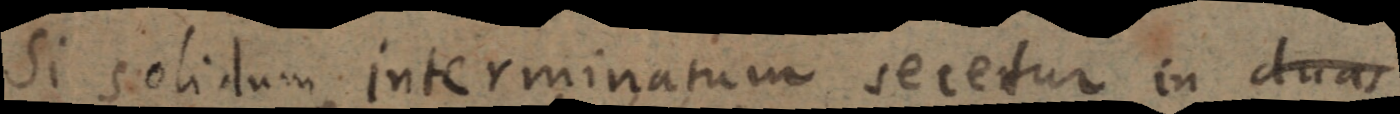
Si solidum interminatum secetur in duas